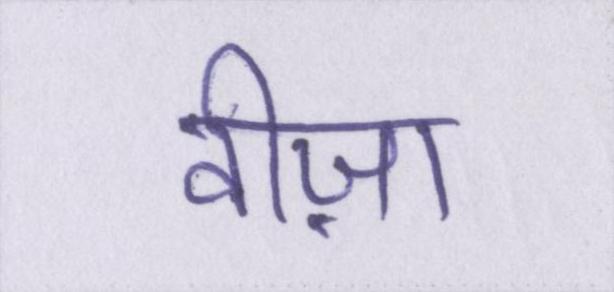
वीज़ा